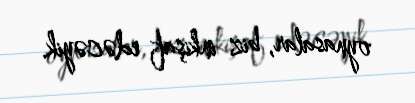
oynasalar, biz inkişaf edəcəyik.